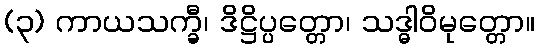
(၃) ကာယသက္ခီ၊ ဒိဋ္ဌိပ္ပတ္တော၊ သဒ္ဓါဝိမုတ္တော။